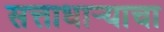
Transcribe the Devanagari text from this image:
सत्ताधार्‍याचा